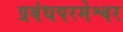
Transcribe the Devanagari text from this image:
प्रबंधपरमेश्वर